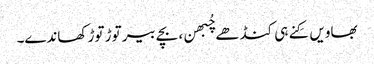
بھاویں کِنے ہی کنڈھے چُبھن، بچے بیر توڑ توڑ کھاندے۔